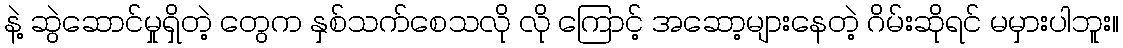
နဲ့ ဆွဲဆောင်မှုရှိတဲ့ တွေက နှစ်သက်စေသလို လို ကြောင့် အဆော့များနေတဲ့ ဂိမ်းဆိုရင် မမှားပါဘူး။